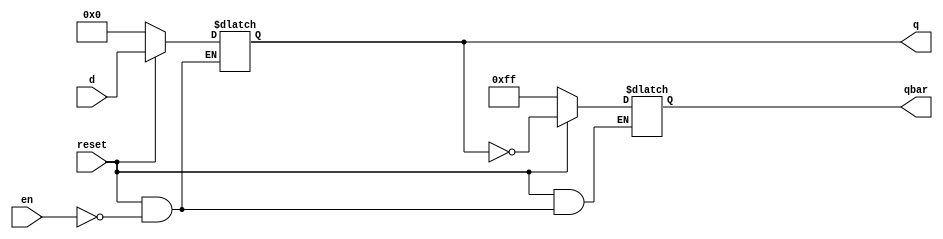
module B220068CS_SNEHA_4(input [7:0]d,input en, reset,output reg [7:0]q,qbar);
	always@(*) begin
	if (reset==0) begin
	q<='d0;
	qbar<=8'b11111111;
	end
	else if(en==1) begin
	q <= d;
	qbar =~q;
	end
	end
endmodule